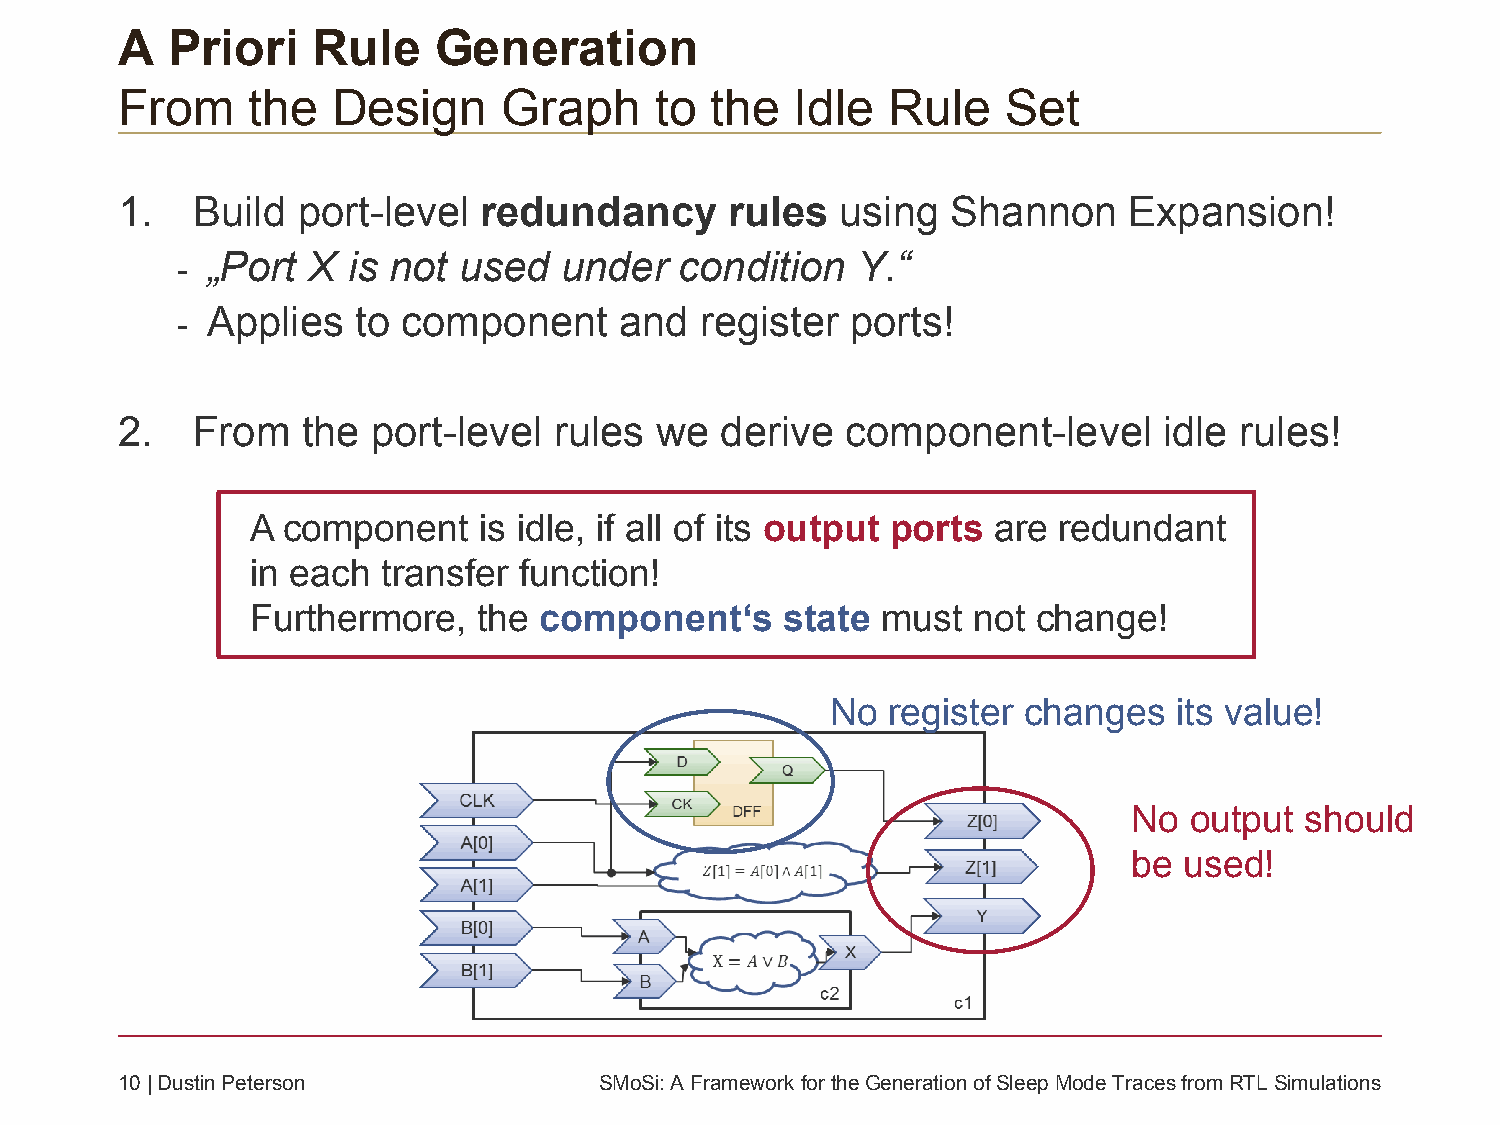
A  Priori    Rule    Generation
 From    the   Design     Graph     to  the   Idle  Rule    Set
 1.   Build  port-level  redundancy      rules   using  Shannon     Expansion!
 „Port X  is not used   under   condition   Y.“
 -
 Applies   to component     and  register  ports!
 -
 2.   From   the  port-level  rules we   derive  component-level      idle rules!
 A component    is idle, if all of its output ports are redundant
 in each transfer function!
 Furthermore,   the component‘s     state must  not  change!
 No  register changes   its value!
 No  output should
 be used!
 10| Dustin Peterson             SMoSi: A Framework fortheGeneration ofSleepMode Traces fromRTL Simulations